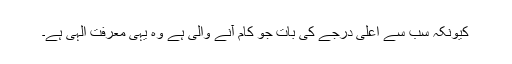
کیونکہ سب سے اعلیٰ درجے کی بات جو کام آنے والی ہے وہ یہی معرفت الٰہی ہے۔